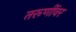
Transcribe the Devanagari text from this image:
तरूणींवर